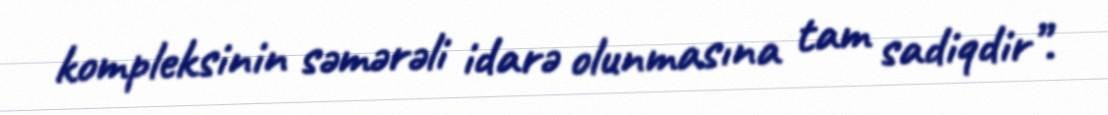
kompleksinin səmərəli idarə olunmasına tam sadiqdir”.